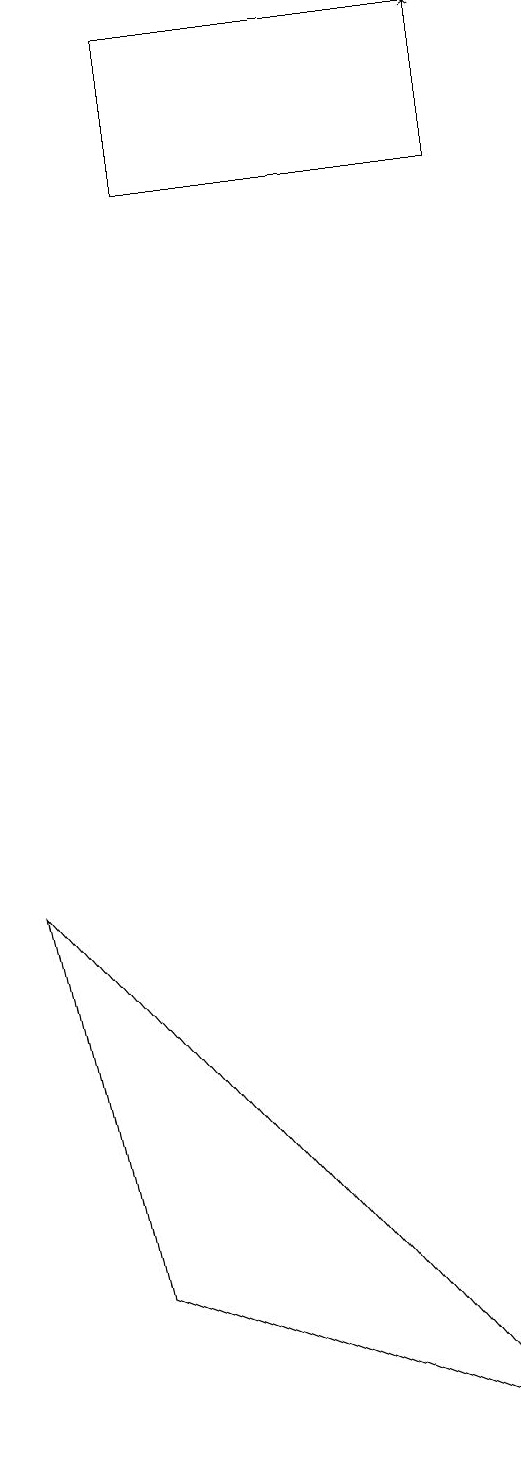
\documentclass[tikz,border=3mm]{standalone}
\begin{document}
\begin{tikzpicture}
\draw (2,19) rectangle (6,17);
\draw (0,8) -- (1,3) -- (6,1) -- cycle;
\draw[->] (6,17) -- (6,19);
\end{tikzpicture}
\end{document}